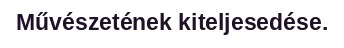
Művészetének kiteljesedése.